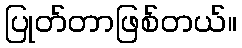
ပြုတ်တာဖြစ်တယ်။